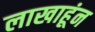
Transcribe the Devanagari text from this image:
लाखाहूंन